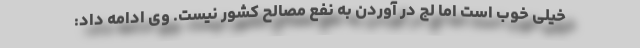
خیلی خوب است اما لج در آوردن به نفع مصالح کشور نیست. وی ادامه داد: